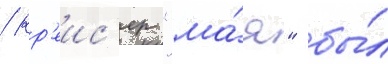
/ кр'еис'ер "ма́я" бы́л